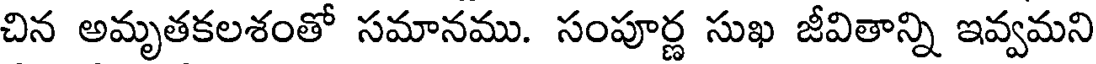
చిన అమృతకలశంతో సమానము. సంపూర్ణ సుఖ జీవితాన్ని ఇవ్వమని